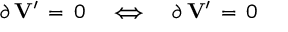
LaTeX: \partial \, { \bf V } ^ { \prime } \, = \, 0 \quad \Longleftrightarrow \quad \partial \, { \bf V } ^ { \prime } \, = \, 0